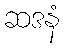
ဆဒနံ